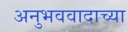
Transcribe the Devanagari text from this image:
अनुभववादाच्या